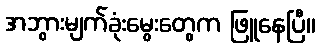
အဘွားမျက်ခုံးမွေးတွေက ဖြူနေပြီ။